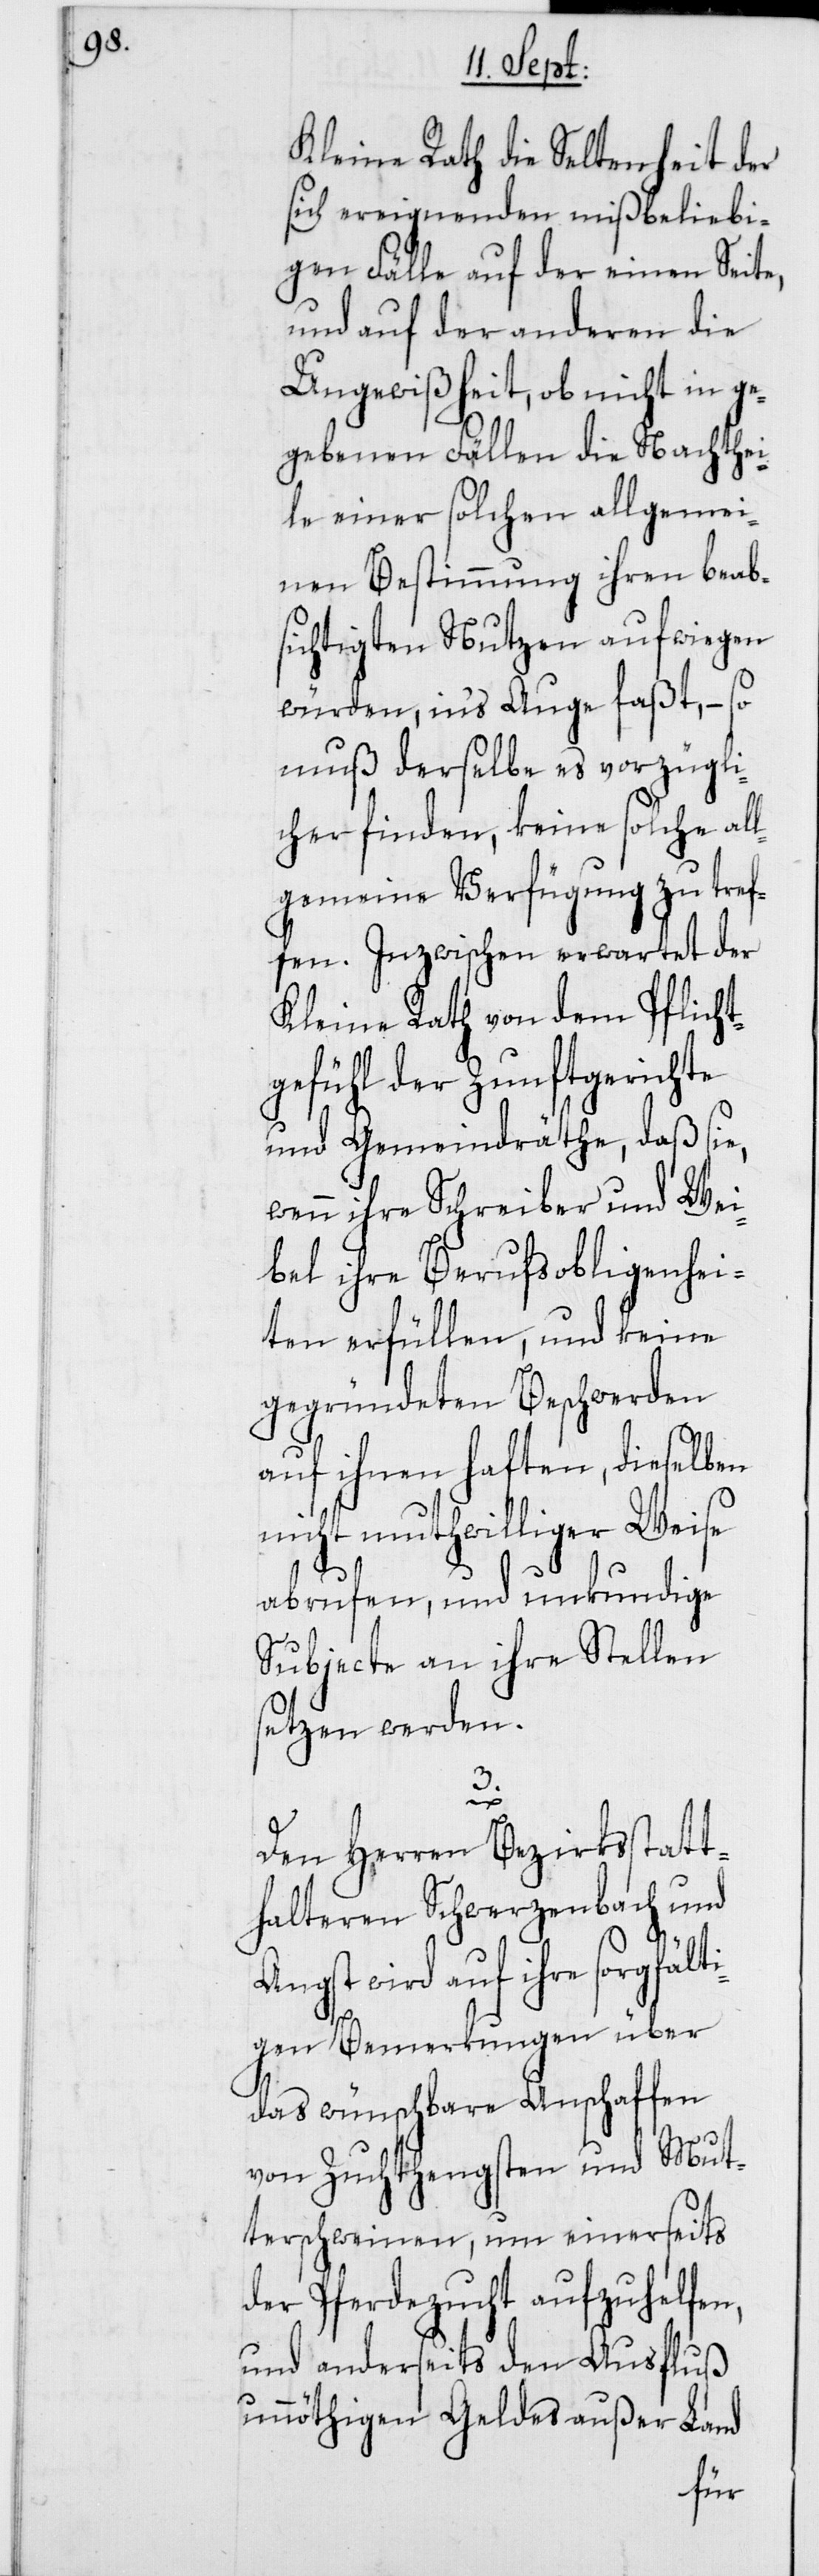
Kleine Rath die Seltenheit der
sich ereignenden mißbeliebi¬
gen Fälle auf der einen Seite,
und auf der anderen die
Ungewißheit, ob nicht in ge¬
gebenen Fällen die Nachthei¬
le einer solchen allgemei¬
nen Bestimmung ihren beabs¬
ichtigten Nutzen aufwiegen
würden, ins Auge faßt, – so
muß derselbe es vorzügli¬
cher finden, keine solche all¬
gemeine Verfügung zu tref¬
fen. Inzwischen erwartet der
Kleine Rath von dem Pflicht¬
gefühl der Zunftgerichte
und Gemeindräthe, daß sie,
wenn ihre Schreiber und Wei¬
bel ihre Berufsobligenhei¬
ten erfüllen, und keine
gegründeten Beschwerden
auf ihnen haften, dieselben
nicht muthwilliger Weise
abrufen, und unkundige
Subjecte an ihre Stellen
setzen werden.
3.
Den Herren Bezirksstatt¬
halteren Schwerzenbach und
Angst wird auf ihre sorgfälti¬
gen Bemerkungen über
das wünschbare Anschaffen
von Zuchthengsten und Mut¬
terschweinen, um einerseits
der Pferdezucht aufzuhelfen,
und anderseits den Ausfluß
unnöthigen Geldes außer Land